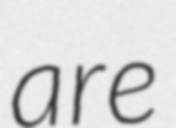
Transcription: are